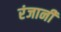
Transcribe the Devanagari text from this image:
रंजानी